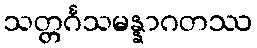
သတ္တင်္ဂသမန္နာဂတဿ